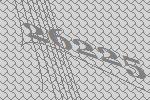
26225